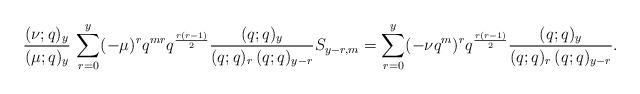
LaTeX: \begin{align*}\frac{(\nu;q)_y}{(\mu;q)_y}\, \sum_{r=0}^{y} (-\mu)^r q^{mr} q^{\frac{r(r-1)}{2}} \frac{(q;q)_y}{(q;q)_r\, (q;q)_{y-r}} S_{y-r,m}= \sum_{r=0}^{y} (-\nu q^m)^r q^{\frac{r(r-1)}{2}} \frac{(q;q)_y}{(q;q)_r\, (q;q)_{y-r}}.\end{align*}